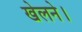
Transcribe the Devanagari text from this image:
खेलने।